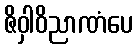
ဇိဝှါဝိညာဏံပေ